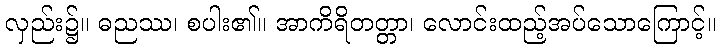
လှည်း၌။ ဓညဿ၊ စပါး၏။ အာကိရိတတ္တာ၊ လောင်းထည့်အပ်သောကြောင့်။